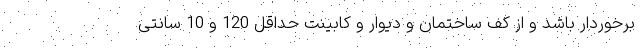
برخوردار باشد و از کف ساختمان و دیوار و کابینت حداقل 120 و 10 سانتی